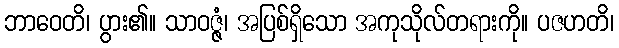
ဘာဝေတိ၊ ပွား၏။ သာဝဇ္ဇံ၊ အပြစ်ရှိသော အကုသိုလ်တရားကို။ ပဇဟတိ၊